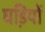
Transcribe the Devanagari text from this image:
घडि़यों